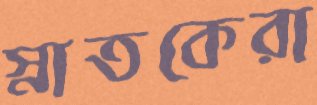
স্নাতকেরা